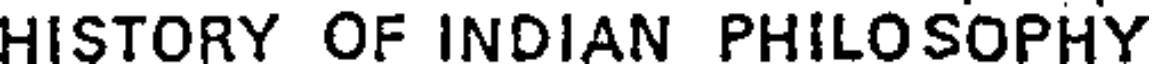
HISTORY OF INDIAN PHILOSOPHY